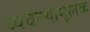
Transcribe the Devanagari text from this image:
व्यवस्थामूलक